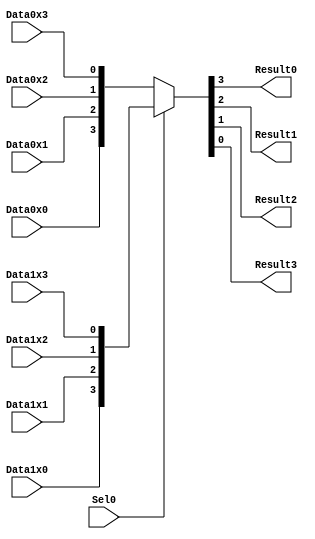
module mux4_1_2_1(
	Sel0,
	Data0x0, Data0x1, Data0x2, Data0x3,
	Data1x0, Data1x1, Data1x2, Data1x3,
	Result0, Result1, Result2, Result3
);
input Sel0;
input Data0x0, Data0x1, Data0x2, Data0x3;
input Data1x0, Data1x1, Data1x2, Data1x3;
output Result0, Result1, Result2, Result3;
assign {Result0, Result1, Result2, Result3} = Sel0 ? {Data1x0, Data1x1, Data1x2, Data1x3} : {Data0x0, Data0x1, Data0x2, Data0x3};
endmodule